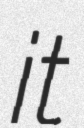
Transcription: it